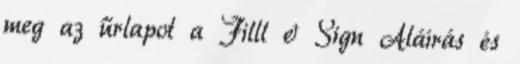
meg az űrlapot a Filll & Sign Aláírás és